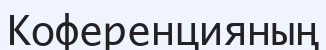
Коференцияның